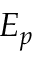
E _ { p }